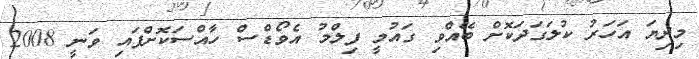
މިދިޔަ އަހަރު ކުލަގަދަކޮށް ބޭއްވި ގައުމީ ފިލްމު އެވޯޑްސް ހާއްސަކޮށްފައި ވަނީ 2008